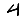
Digit: 4